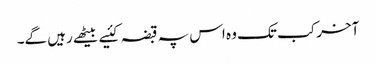
آخر کب تک وہ اس پہ قبضہ کئیے بیٹھے رہیں گے۔